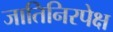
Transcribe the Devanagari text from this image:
जातिनिरपेक्ष